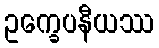
ဥက္ခေပနီယဿ